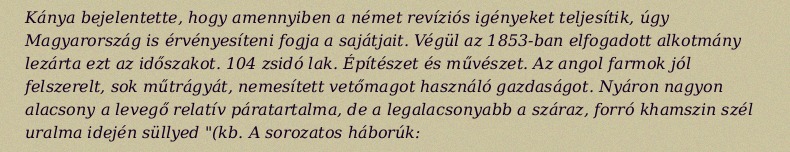
Kánya bejelentette, hogy amennyiben a német revíziós igényeket teljesítik, úgy Magyarország is érvényesíteni fogja a sajátjait. Végül az 1853-ban elfogadott alkotmány lezárta ezt az időszakot. 104 zsidó lak. Építészet és művészet. Az angol farmok jól felszerelt, sok műtrágyát, nemesített vetőmagot használó gazdaságot. Nyáron nagyon alacsony a levegő relatív páratartalma, de a legalacsonyabb a száraz, forró khamszin szél uralma idején süllyed "(kb. A sorozatos háborúk: